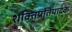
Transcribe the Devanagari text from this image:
शक्तिप्रतिपादक